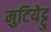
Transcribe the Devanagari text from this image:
मुटियेट्टु